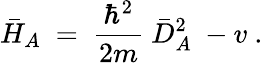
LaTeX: \bar{H}_{A}\ =\ \frac{\hbar^{2}}{2m}\ \bar{D}_{A}^{2}\ -v\ .